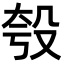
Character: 𪵈